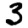
Digit: 3